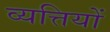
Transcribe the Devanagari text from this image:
व्यत्तियों